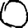
Digit: 0